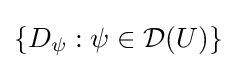
\left\{D_{\psi }:\psi \in {\mathcal {D}}(U)\right\}